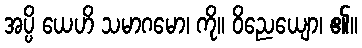
အပ္ပိ ယေဟိ သမာဂမော၊ ကို။ ဝိညေယျော၊ ၏။